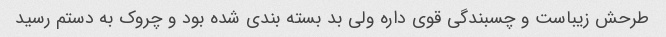
طرحش زیباست و چسبندگی قوی داره ولی بد بسته بندی شده بود و چروک به دستم رسید